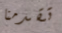
تقدمنا